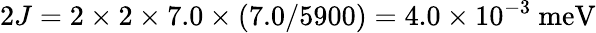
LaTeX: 2J=2\times 2\times 7.0\times(7.0/5900)=4.0\times 10^{-3}~\mathrm{meV}